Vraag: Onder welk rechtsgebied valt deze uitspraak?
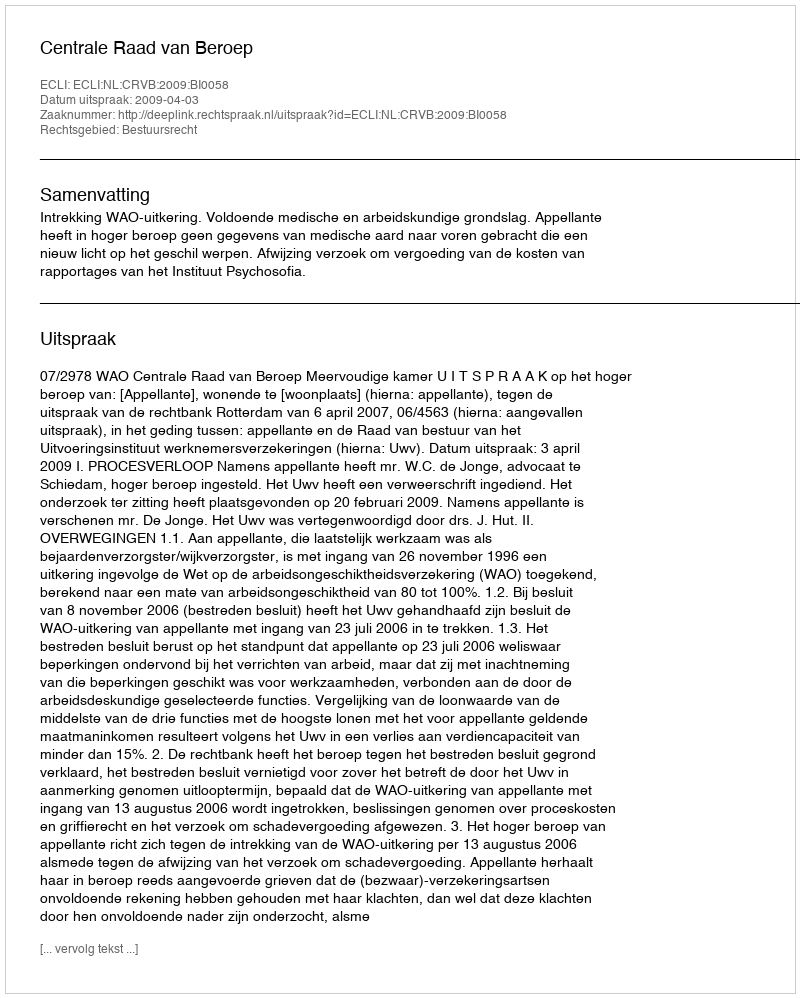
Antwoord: Bestuursrecht